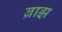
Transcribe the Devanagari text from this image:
ब्राझ